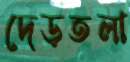
দেড়তলা